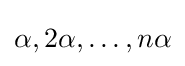
\alpha ,2\alpha ,\dots ,n\alpha